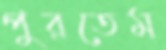
পুরতেম